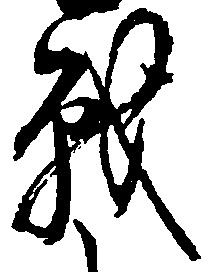
戦